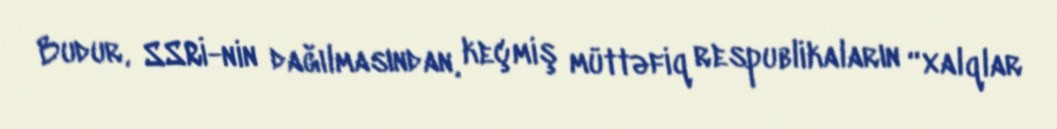
Budur, SSRİ-nin dağılmasından, keçmiş müttəfiq respublikaların “xalqlar